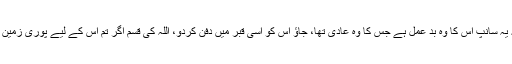
حضرت عبداللہ بن عباس رضی اللہ عنہما نے فرمایا کہ یہ سانپ اس کا وہ بد عمل ہے جس کا وہ عادی تھا، جاؤ اس کو اسی قبر میں دفن کردو، اللہ کی قسم اگر تم اس کے لیے پوری زمین کھود ڈالوگے پھر بھی وہ سانپ اس کی قبر میں پاؤگے۔